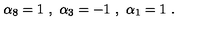
\alpha _ { 8 } = 1 \ , \ \alpha _ { 3 } = - 1 \ , \ \alpha _ { 1 } = 1 \ .